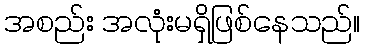
အစည်း အလုံးမရှိဖြစ်နေသည်။